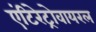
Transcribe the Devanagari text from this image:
एंटिरेट्रोवायरल